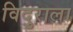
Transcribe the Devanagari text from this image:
विदुराला